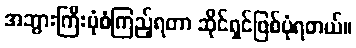
အဘွားကြီးပုံစံကြည့်ရတာ ဆိုင်ရှင်ဖြစ်ပုံရတယ်။